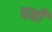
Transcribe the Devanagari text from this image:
पक्षी